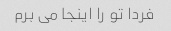
فردا تو را اینجا می برم